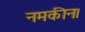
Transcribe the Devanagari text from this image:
नमकीन।